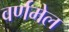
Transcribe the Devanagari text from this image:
वर्णमेल